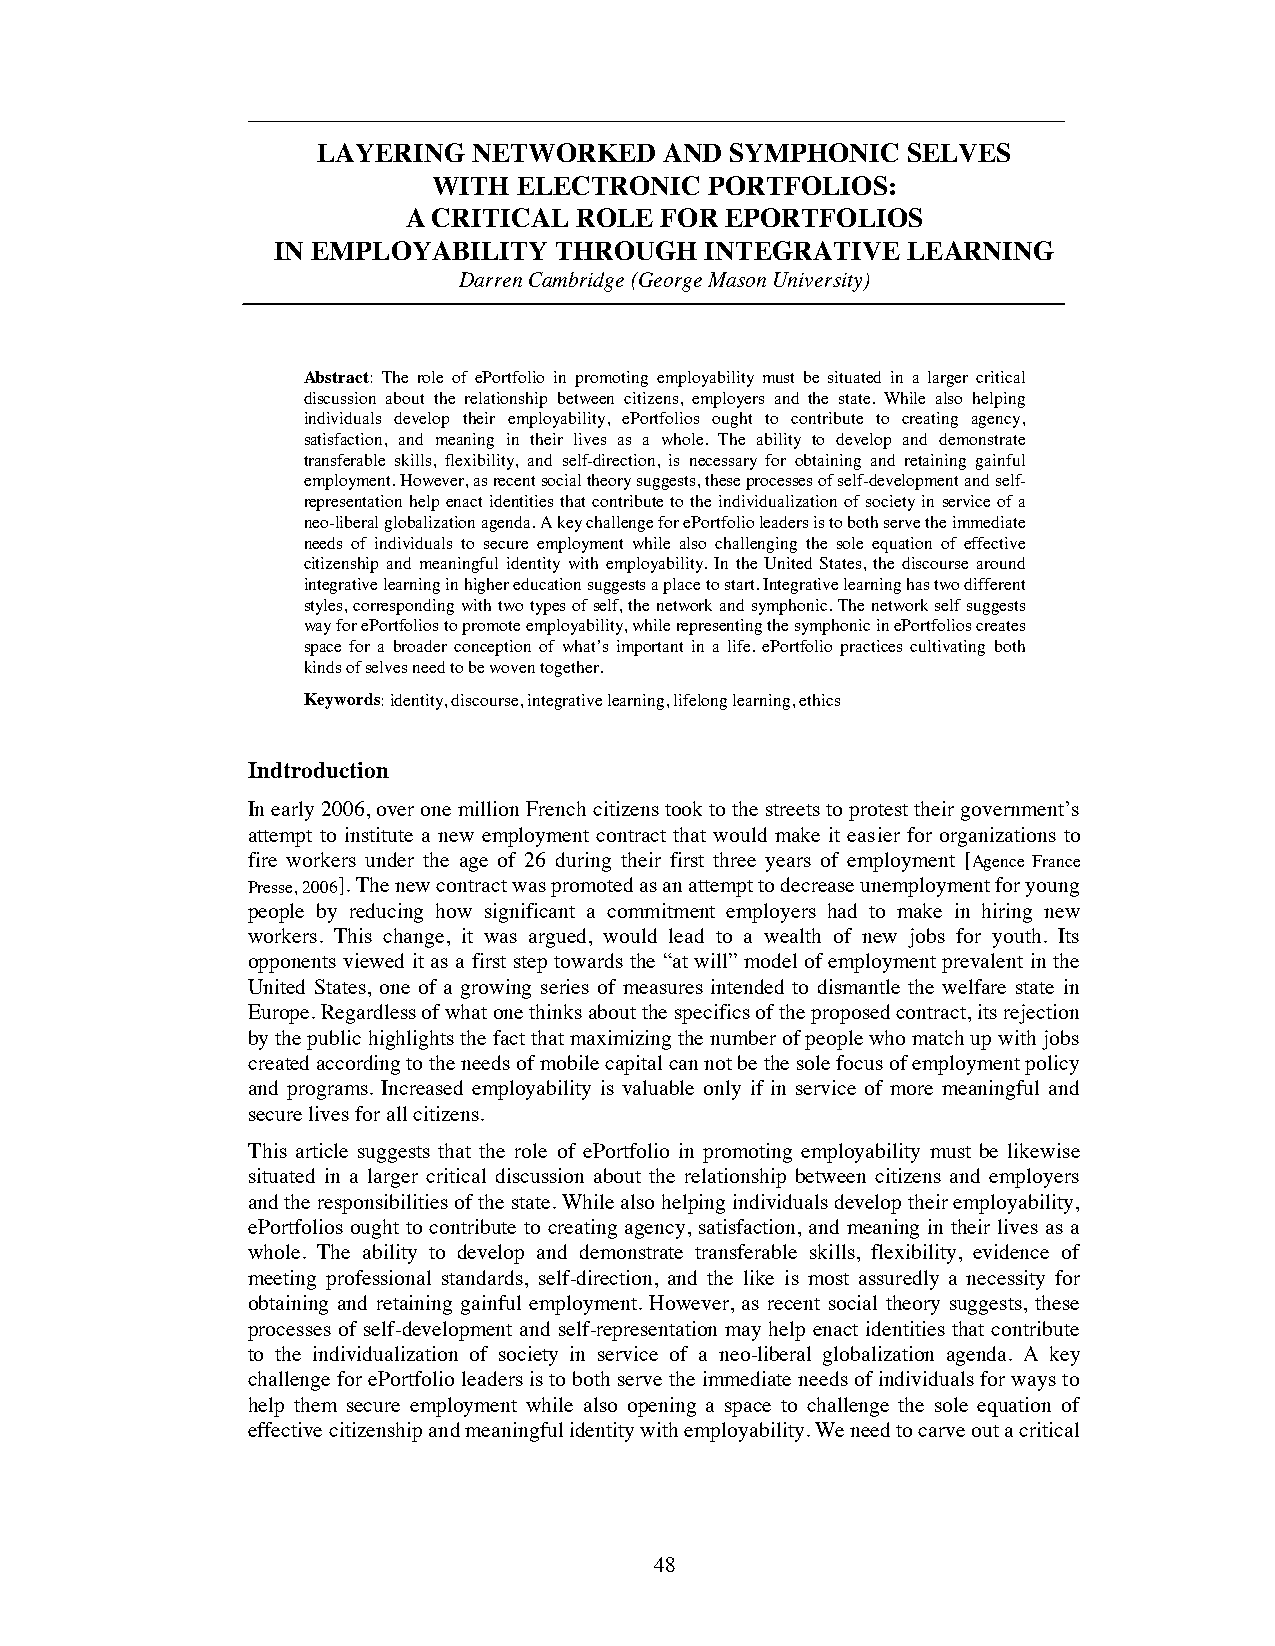
LAYERING  NETWORKED    AND SYMPHONIC   SELVES
 WITH ELECTRONIC   PORTFOLIOS:
 A CRITICAL ROLE  FOR EPORTFOLIOS
 IN EMPLOYABILITY   THROUGH   INTEGRATIVE  LEARNING
 Darren Cambridge (George Mason University)
 Abstract: The role of ePortfolio in promoting employability must be situated in a larger critical
 discussion about the relationship between citizens, employers and the state. While also helping
 individuals develop their employability, ePortfolios ought to contribute to creating agency,
 satisfaction, and meaning in their lives as a whole. The ability to develop and demonstrate
 transferable skills, flexibility, and self-direction, is necessary for obtaining and retaining gainful
 employment. However, as recent social theory suggests, these processes of self-development and self-
 representation help enact identities that contribute to the individualization of society in service of a
 neo-liberal globalization agenda. A key challenge for ePortfolio leaders is to both serve the immediate
 needs of individuals to secure employment while also challenging the sole equation of effective
 citizenship and meaningful identity with employability. In the United States, the discourse around
 integrative learning in higher education suggests a place to start. Integrative learning has two different
 styles, corresponding with two types of self, the network and symphonic. The network self suggests
 way for ePortfolios to promote employability, while representing the symphonic in ePortfolios creates
 space for a broader conception of what’s important in a life. ePortfolio practices cultivating both
 kinds of selves need to be woven together.
 Keywords:identity, discourse, integrative learning, lifelong learning, ethics
 Indtroduction
 In early 2006, over one million French citizens took to the streets to protest their government’s
 attempt to institute a new employment contract that would make it easier for organizations to
 fire workers under the age of 26 during their first three years of employment [Agence France
 Presse, 2006]. The new contract was promoted as an attempt to decrease unemployment for young
 people by reducing how significant a commitment employers had to make in hiring new
 workers. This change, it was argued, would lead to a wealth of new jobs for youth. Its
 opponents viewed it as a first step towards the “at will” model of employment prevalent in the
 United States, one of a growing series of measures intended to dismantle the welfare state in
 Europe. Regardless of what one thinks about the specifics of the proposed contract, its rejection
 by the public highlights the fact that maximizing the number of people who match up with jobs
 created according to the needs of mobile capital can not be the sole focus of employment policy
 and programs. Increased employability is valuable only if in service of more meaningful and
 secure lives for all citizens.
 This article suggests that the role of ePortfolio in promoting employability must be likewise
 situated in a larger critical discussion about the relationship between citizens and employers
 and the responsibilities of the state. While also helping individuals develop their employability,
 ePortfolios ought to contribute to creating agency, satisfaction, and meaning in their lives as a
 whole. The ability to develop and demonstrate transferable skills, flexibility, evidence of
 meeting professional standards, self-direction, and the like is most assuredly a necessity for
 obtaining and retaining gainful employment. However, as recent social theory suggests, these
 processes of self-development and self-representation may help enact identities that contribute
 to the individualization of society in service of a neo-liberal globalization agenda. A key
 challenge for ePortfolio leaders is to both serve the immediate needs of individuals for ways to
 help them secure employment while also opening a space to challenge the sole equation of
 effective citizenship and meaningful identity with employability. We need to carve out a critical
 48